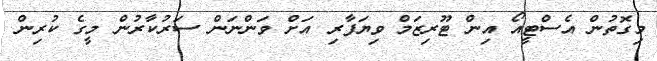
މިގޮތުން އެސްޓީއޯ އިން ޓޫރިޒަމް ވިޔަފާރި އަށް ވަންނަން ސަރުކާރުން މީގެ ކުރިން